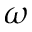
\omega